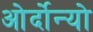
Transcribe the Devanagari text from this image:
ओर्दोन्यो